Statistical return of the lunatic asylum in Assam - 1912-1932
Year: 1912
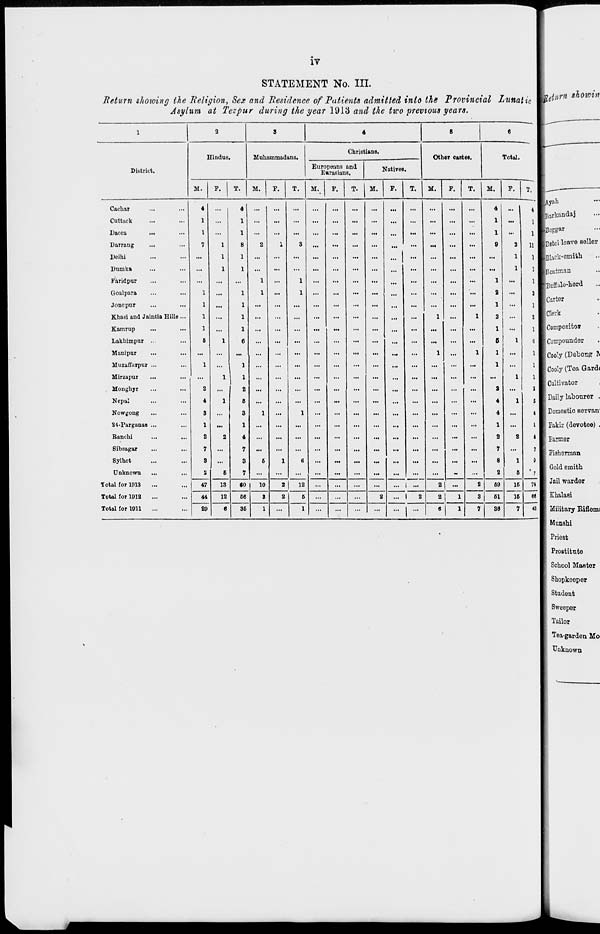
IV
STATEMENT No. III.
Return showing the Religion, Sex and Residence of Patients admitted into the Provincial Lunatic
Asylum at Tezpur during the year 1913 and the tico previous years.
leiurn showin
1
2
3
4
B
6
[
Hindus
Muhammadans.
Christians.
Other castes.
Total.
1
District.
Europeans and
Eurasians.
Natives.
M.
F.
T.
M.
F.
T.
M.
F.
T.
H.
F.
T.
M.
F.
T. 1 M.
F.
T. [
lAyab
Karkandaj
Cachar
Cuttack
4
1
...
...
...
...
...
...
...
...
...
...
...
...
...
4
1
...
Dacca
...
I
...
...
...
...
...
...
...
1
...
j ■Beggar
Darraug
...
7
1
2
1
3
...
...
...
...
...
...
...
...
9
2
H ■Betel leave seller
Delhi
...
1
...
...
...
...
...
...
...
...
...
...
...
...
...
1
1 Black-omith
Dumka
...
1
...
...
...
...
...
...
...
...
...
...
...
...
...
1
Boatman
Faridpur
Goalpara
Joncpur
1
1
...
1
1
...
1
1
...
...
...
...
...
...
...
...
...
1
2
1
...
Buffalo-herd
Carter
Khasi and Jaintia Hills ...
1
...
...
...
...
...
...
...
...
...
...
1
...
1
2
...
Clerk
Kamrup
1
...
...
...
...
...
...
...
...
...
...
...
1
...
Composite*
Lakhimpur ...
6
1
...
...
...
...
...
...
...
...
...
...
...
...
6
1
Compounder
Manipur
...
...
...
...
...
...
...
...
...
...
...
...
1
...
1
1
...
Cooly (Detonpr T\
Muzaffarpur ...
Mirzapur
...
Monghjr
Nepal
1
2
4
1
1
...
...
...
...
...
...
...
...
...
...
...
...
1
a
4
1
1
Cooly (Tea Gard<
Cultivator
Daily labourer .
Nowgong
S
...
1
...
1
...
...
...
...
...
...
...
...
...
4
...
Domestic Bervarr
21-Parganas ...
1
...
...
...
...
...
...
...
...
...
...
...
...
...
1
...
Fakir (devotee) .
Ranchi
2
2
...
...
...
...
...
...
...
...
...
...
...
...
2
2
Farmer
Sibsagar
Sylhet
Unknown
7
3
2
6
3
7
6
1
6
...
...
...
...
...
...
...
...
7
8
2
1
6
Fiahsrman
Gold smith
Total for 1913
47
13
•0
10
2 | 12
...
...
...
... | ...
2
...
2
69
16
16
Jail warder
Total for 1912
44
29
12
66
3
2
6
...
...
...
2
... 1
2
2|
1
3
61
Khalasi
Total for 1911
6
36
1
1
...
...
...
...
6
1
7
38
7
43 I Military Eiflemi
Munshi
Priest
Prostitute
School Master
Shopkeeper
Student
Sweeper
Tailor
Tea-garden Mo
Unknown